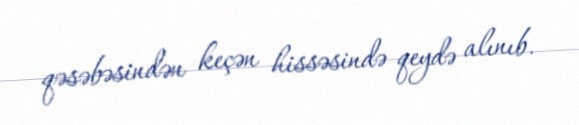
qəsəbəsindən keçən hissəsində qeydə alınıb.